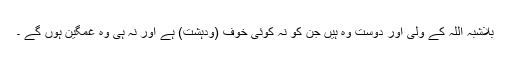
بلاشبہ اللہ کے ولی اور دوست وہ ہیں جن کو نہ کوئی خوف (ودہشت) ہے اور نہ ہی وہ غمگین ہوں گے ۔